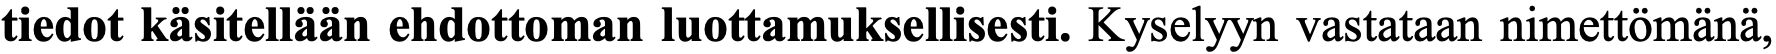
tiedot käsitellään ehdottoman luottamuksellisesti. Kyselyyn vastataan nimettömänä,